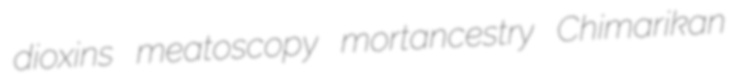
dioxins meatoscopy mortancestry Chimarikan